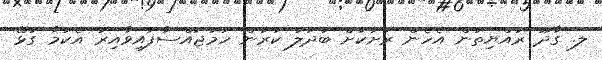
ލ. ގާދޫ ރައްޔިތުން އެހެން ރަށަކަށް ބަދަލު ކުރަން ހަމަޖައްސާފައިވާއިރު އެކަމާ ގުޅޭ